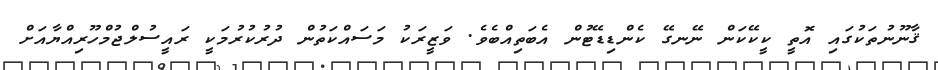
ޤާނޫނުތަކުގައި އޮތީ ކީކޭކަން ނޭނގޭ ކެންޑިޑޭޓުން އެބަތިއްބެވެ. ވަޒީރަކު މަސައްކަތުން ދުރުކުރުމަކީ ރައީސުލްޖުމްހޫރިއްޔާއަށް